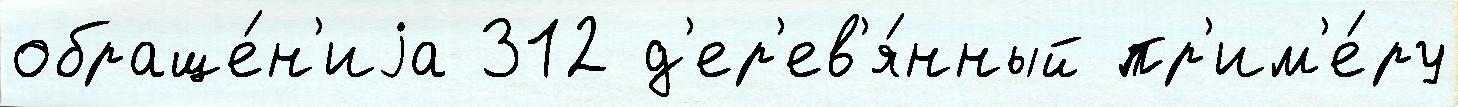
обраще́н'иjа 312 д'ер'ев'я́нный пр'им'е́ру